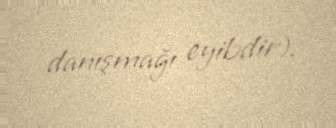
danışmağı eyibdir).